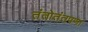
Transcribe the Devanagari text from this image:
तंतोतंतपणा